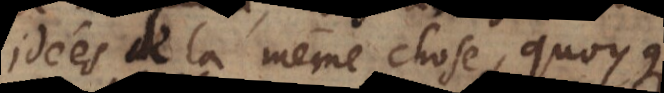
idées de la même chose, quoyque